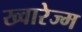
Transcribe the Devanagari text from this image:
ख्वारेज्म